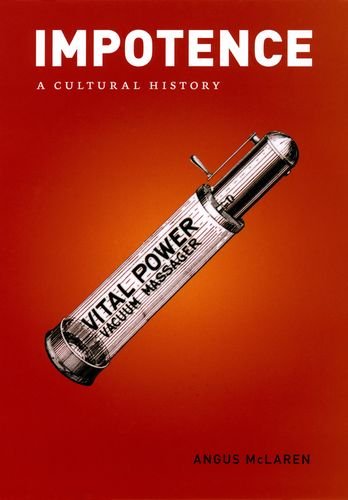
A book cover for Impotence: A Cultural History; Angus McLaren; Health, Fitness & Dieting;